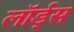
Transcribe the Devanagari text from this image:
लॉर्ड्‍स